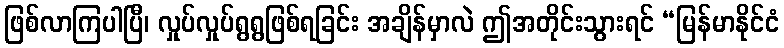
ဖြစ်လာကြပါပြီ၊ လှုပ်လှုပ်ရွရွဖြစ်ရခြင်း အချိန်မှာလဲ ဤအတိုင်းသွားရင် “မြန်မာနိုင်ငံ